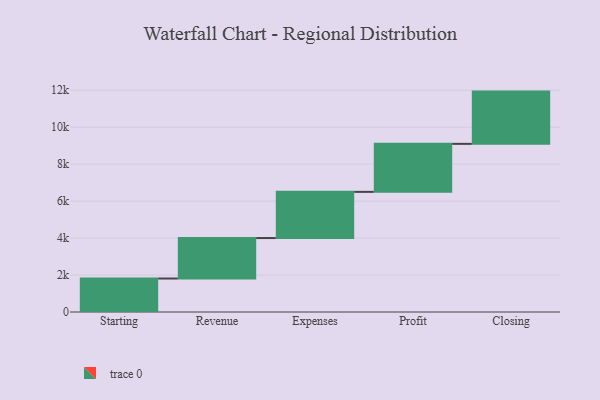
{"axis": {"x": "Step", "y": "Value"}, "legend": [""], "data": [{"x": "Starting", "y": 1812.0, "type": ""}, {"x": "Revenue", "y": 2190.0, "type": ""}, {"x": "Expenses", "y": 2500.0, "type": ""}, {"x": "Profit", "y": 2598.0, "type": ""}, {"x": "Closing", "y": 2828.0, "type": ""}]}